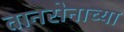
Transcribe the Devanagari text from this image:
तानसेनाच्या